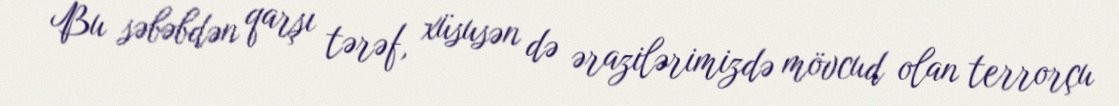
Bu səbəbdən qarşı tərəf, xüsusən də ərazilərimizdə mövcud olan terrorçu